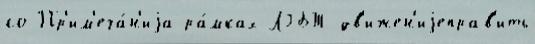
со Пр'им'еча́н'иjа ра́мках ЛГБТ-дв'ижен'иjеправ'ить